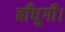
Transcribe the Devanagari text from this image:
बाँधूगी।